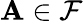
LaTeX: \mathbf{A}\in{\mathcal{{F}}}